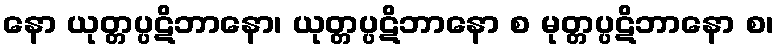
နော ယုတ္တပ္ပဋိဘာနော၊ ယုတ္တပ္ပဋိဘာနော စ မုတ္တပ္ပဋိဘာနော စ၊